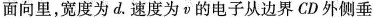
面向里，宽度为d.速度为v的电子从边界CD外侧垂